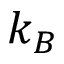
k _ { B }